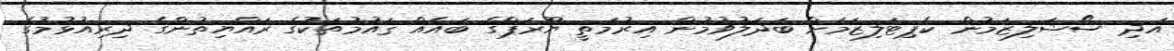
އަދި ސޯޝަލިޒަމުން ކެޕިޓަލިޒަމަށް ބަދަލުވުމުން އިރުމަތީ ޔޫރަޕްގެ ބައެއް ޤައުމުތަކުގެ ރައްޔިތުންގެ ދިރިއުޅުމުގެ